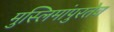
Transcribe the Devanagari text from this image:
मुस्लिमांपुरतेच